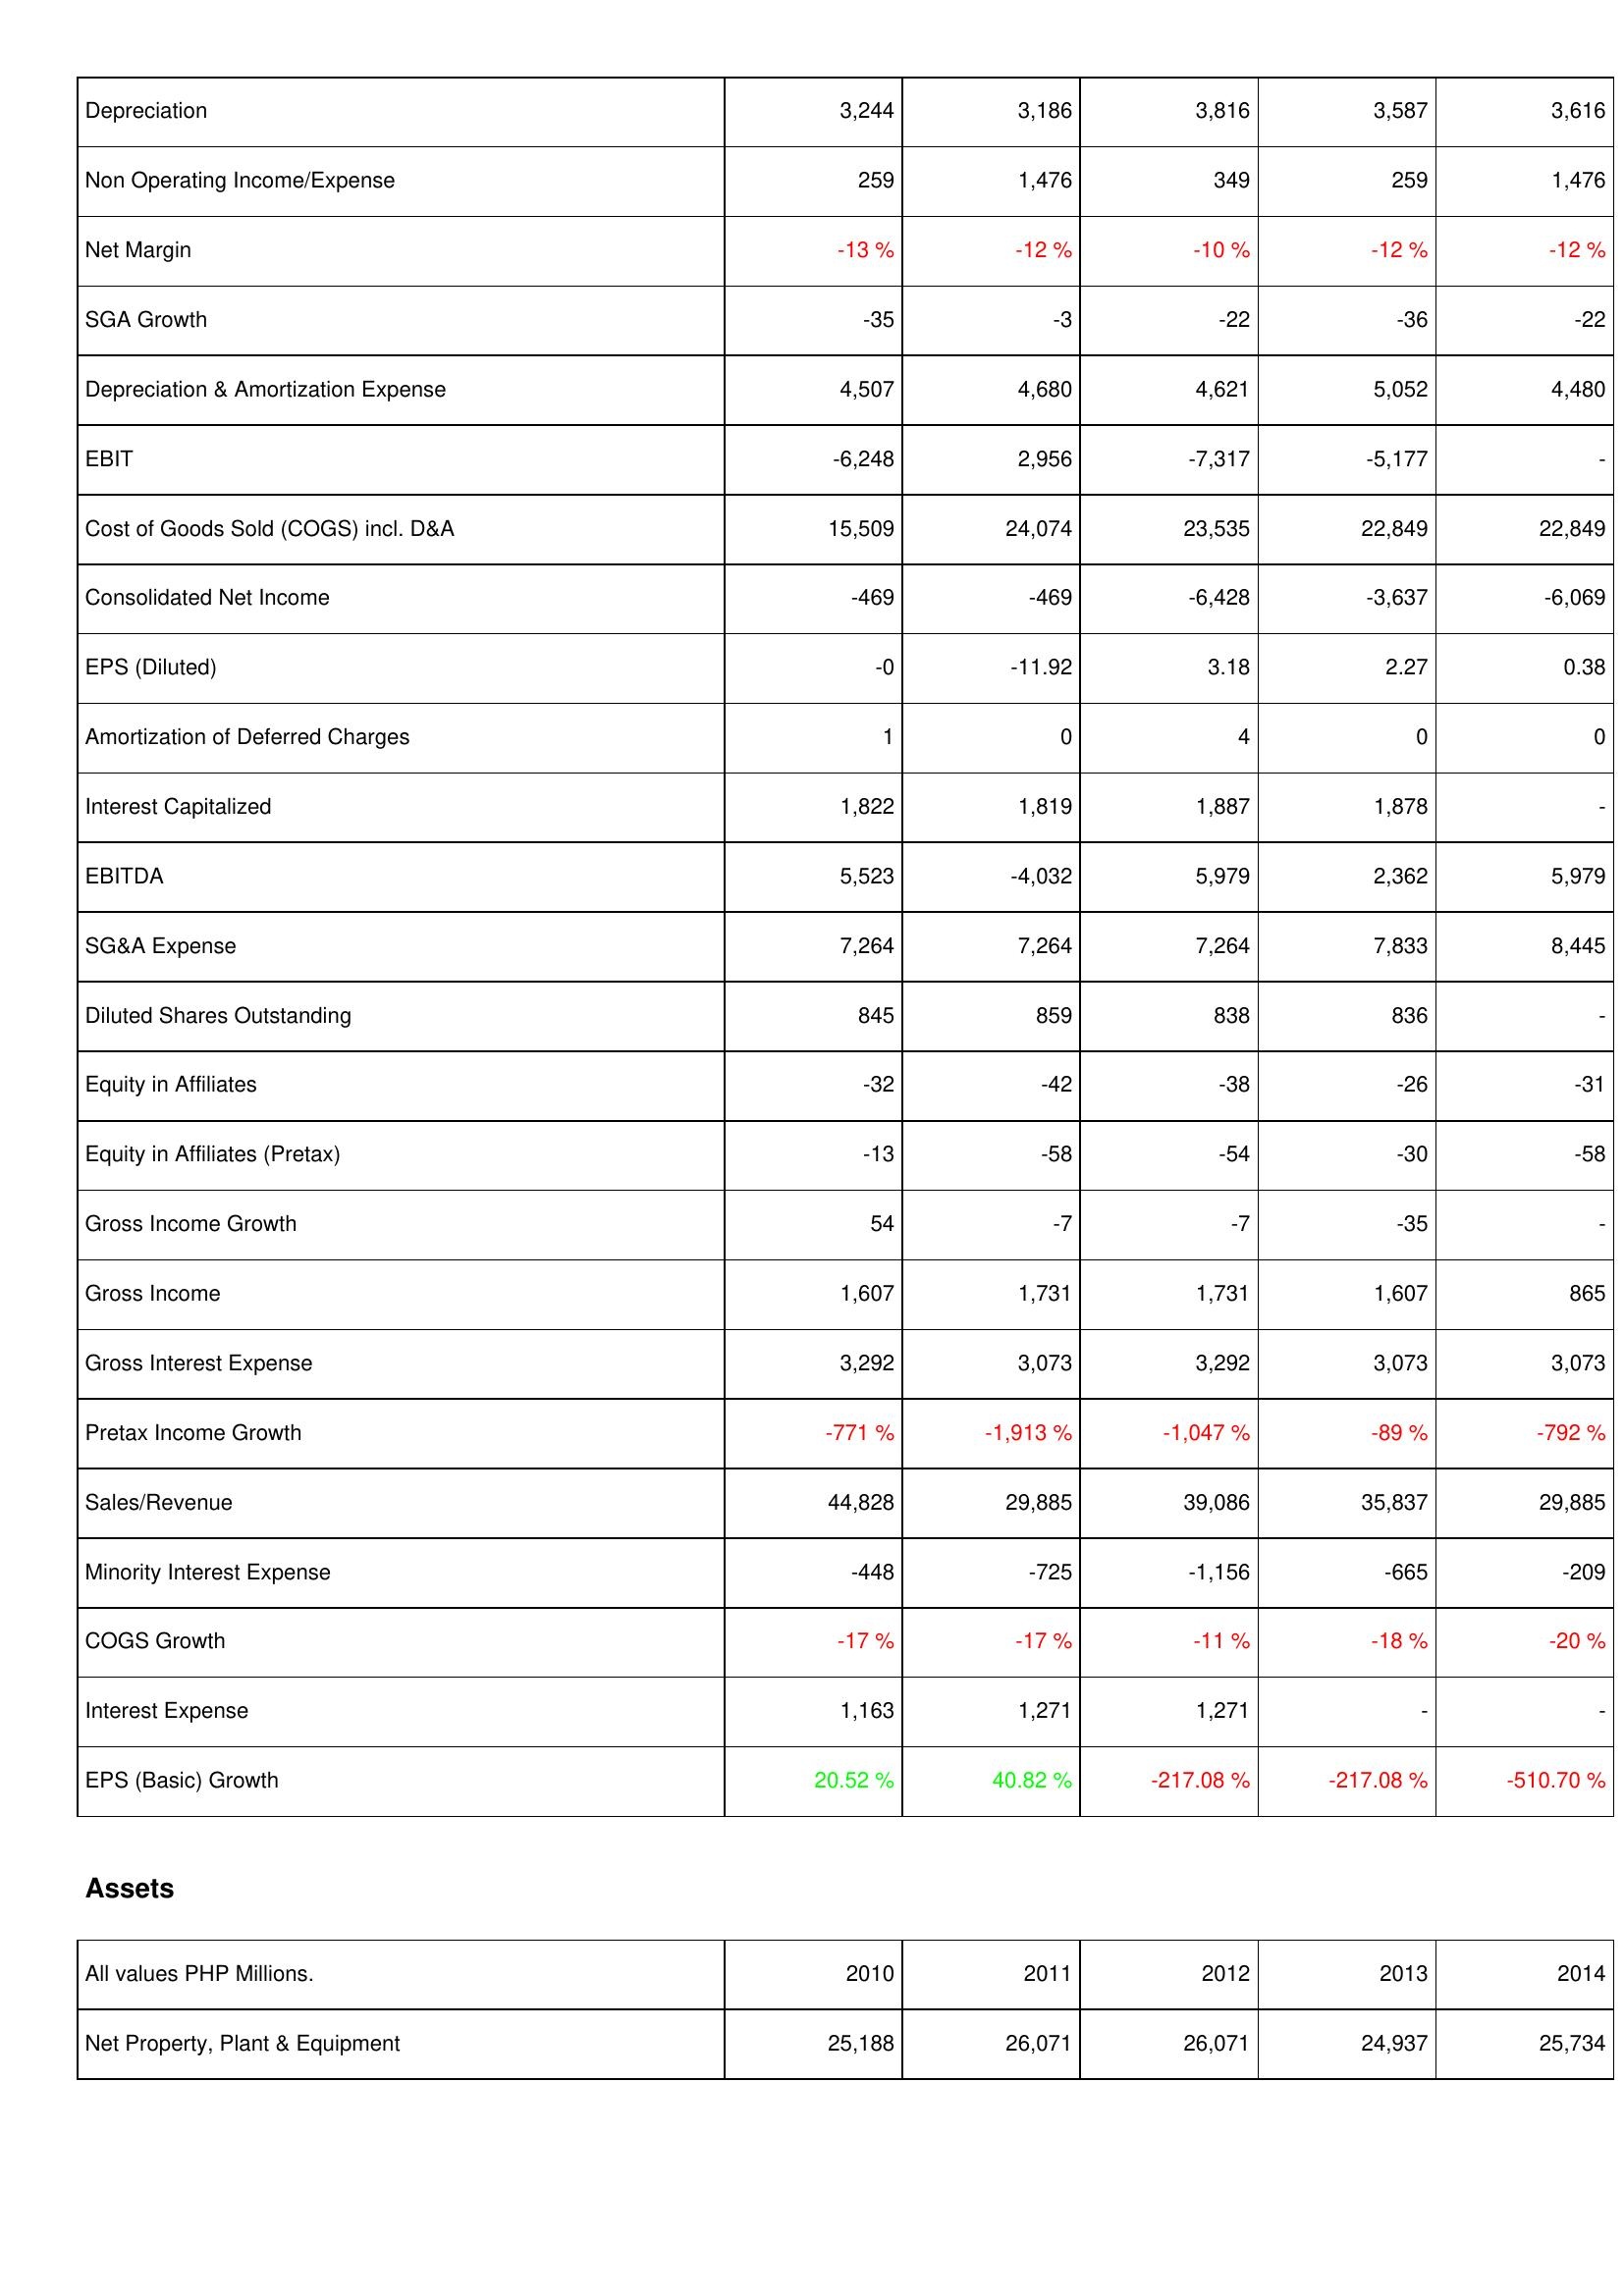
2010: Income Statement: Depreciation: 3,244
Non Operating Income/Expense: 259
Net Margin: -13 %
SGA Growth: -35
Depreciation & Amortization Expense: 4,507
EBIT: -6,248
Cost of Goods Sold (COGS) incl. D&A: 15,509
Consolidated Net Income: -469
EPS (Diluted): -0
Amortization of Deferred Charges: 1
Interest Capitalized: 1,822
EBITDA: 5,523
SG&A Expense: 7,264
Diluted Shares Outstanding: 845
Equity in Affiliates: -32
Equity in Affiliates (Pretax): -13
Gross Income Growth: 54
Gross Income: 1,607
Gross Interest Expense: 3,292
Pretax Income Growth: -771 %
Sales/Revenue: 44,828
Minority Interest Expense: -448
COGS Growth: -17 %
Interest Expense: 1,163
EPS (Basic) Growth: 20.52 %
Assets: Net Property, Plant & Equipment: 25,188
2011: Income Statement: Depreciation: 3,186
Non Operating Income/Expense: 1,476
Net Margin: -12 %
SGA Growth: -3
Depreciation & Amortization Expense: 4,680
EBIT: 2,956
Cost of Goods Sold (COGS) incl. D&A: 24,074
Consolidated Net Income: -469
EPS (Diluted): -11.92
Amortization of Deferred Charges: 0
Interest Capitalized: 1,819
EBITDA: -4,032
SG&A Expense: 7,264
Diluted Shares Outstanding: 859
Equity in Affiliates: -42
Equity in Affiliates (Pretax): -58
Gross Income Growth: -7
Gross Income: 1,731
Gross Interest Expense: 3,073
Pretax Income Growth: -1,913 %
Sales/Revenue: 29,885
Minority Interest Expense: -725
COGS Growth: -17 %
Interest Expense: 1,271
EPS (Basic) Growth: 40.82 %
Assets: Net Property, Plant & Equipment: 26,071
2012: Income Statement: Depreciation: 3,816
Non Operating Income/Expense: 349
Net Margin: -10 %
SGA Growth: -22
Depreciation & Amortization Expense: 4,621
EBIT: -7,317
Cost of Goods Sold (COGS) incl. D&A: 23,535
Consolidated Net Income: -6,428
EPS (Diluted): 3.18
Amortization of Deferred Charges: 4
Interest Capitalized: 1,887
EBITDA: 5,979
SG&A Expense: 7,264
Diluted Shares Outstanding: 838
Equity in Affiliates: -38
Equity in Affiliates (Pretax): -54
Gross Income Growth: -7
Gross Income: 1,731
Gross Interest Expense: 3,292
Pretax Income Growth: -1,047 %
Sales/Revenue: 39,086
Minority Interest Expense: -1,156
COGS Growth: -11 %
Interest Expense: 1,271
EPS (Basic) Growth: -217.08 %
Assets: Net Property, Plant & Equipment: 26,071
2013: Income Statement: Depreciation: 3,587
Non Operating Income/Expense: 259
Net Margin: -12 %
SGA Growth: -36
Depreciation & Amortization Expense: 5,052
EBIT: -5,177
Cost of Goods Sold (COGS) incl. D&A: 22,849
Consolidated Net Income: -3,637
EPS (Diluted): 2.27
Amortization of Deferred Charges: 0
Interest Capitalized: 1,878
EBITDA: 2,362
SG&A Expense: 7,833
Diluted Shares Outstanding: 836
Equity in Affiliates: -26
Equity in Affiliates (Pretax): -30
Gross Income Growth: -35
Gross Income: 1,607
Gross Interest Expense: 3,073
Pretax Income Growth: -89 %
Sales/Revenue: 35,837
Minority Interest Expense: -665
COGS Growth: -18 %
Interest Expense: -
EPS (Basic) Growth: -217.08 %
Assets: Net Property, Plant & Equipment: 24,937
2014: Income Statement: Depreciation: 3,616
Non Operating Income/Expense: 1,476
Net Margin: -12 %
SGA Growth: -22
Depreciation & Amortization Expense: 4,480
EBIT: -
Cost of Goods Sold (COGS) incl. D&A: 22,849
Consolidated Net Income: -6,069
EPS (Diluted): 0.38
Amortization of Deferred Charges: 0
Interest Capitalized: -
EBITDA: 5,979
SG&A Expense: 8,445
Diluted Shares Outstanding: -
Equity in Affiliates: -31
Equity in Affiliates (Pretax): -58
Gross Income Growth: -
Gross Income: 865
Gross Interest Expense: 3,073
Pretax Income Growth: -792 %
Sales/Revenue: 29,885
Minority Interest Expense: -209
COGS Growth: -20 %
Interest Expense: -
EPS (Basic) Growth: -510.70 %
Assets: Net Property, Plant & Equipment: 25,734